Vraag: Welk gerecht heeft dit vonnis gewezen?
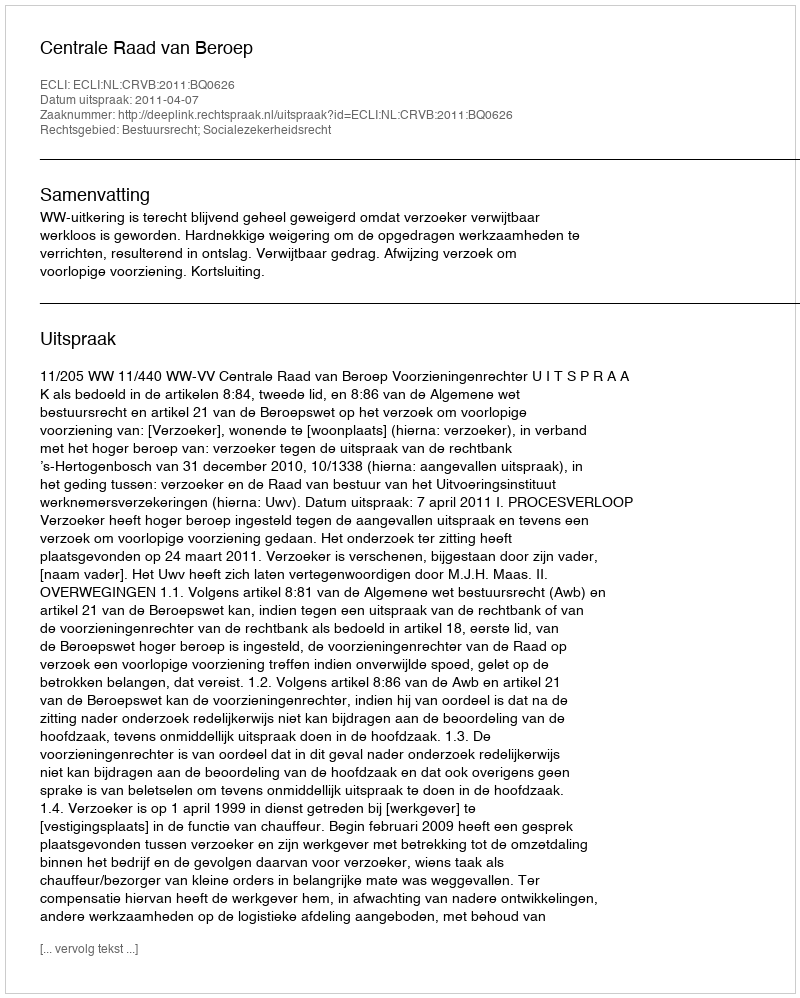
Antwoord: Centrale Raad van Beroep